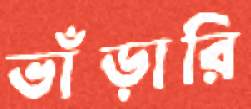
ভাঁড়ারি